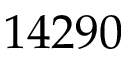
1 4 2 9 0